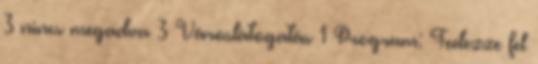
3 nincs megadva 3 Városlátogatás 1 Program: Fedezze fel